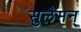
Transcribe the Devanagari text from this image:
सुलैमन्